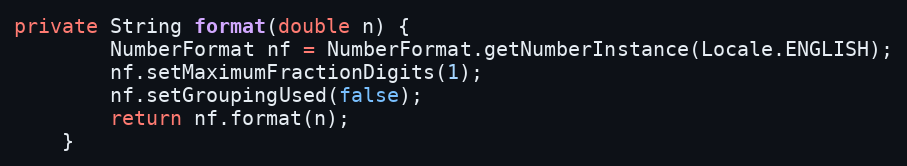
Language: Java
private String format(double n) {
        NumberFormat nf = NumberFormat.getNumberInstance(Locale.ENGLISH);
        nf.setMaximumFractionDigits(1);
        nf.setGroupingUsed(false);
        return nf.format(n);
    }